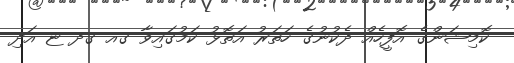
ކޮމިޝަންގެ އޮފީހެއް ދެކުނުގެ ހަތަރު އަތޮޅު ކަމުގައިވާ ގއ ގދ ޏ އަދި